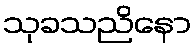
သုခသညိနော